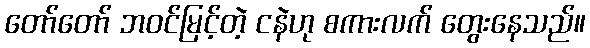
တော်တော် ဘဝင်မြင့်တဲ့ ငနဲဟု စကားလက် တွေးနေသည်။